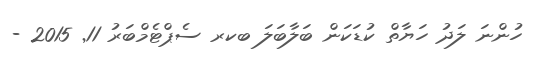
ހުންނަ ލަދު ހަޔާތް ކުޑަކަން ބަލާބަލަ ބކރ ސެޕްޓެމްބަރު 11